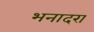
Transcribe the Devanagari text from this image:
भनादरा